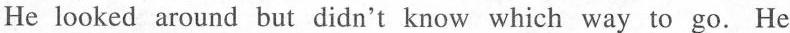
He looked around but didn't know which way to go. He